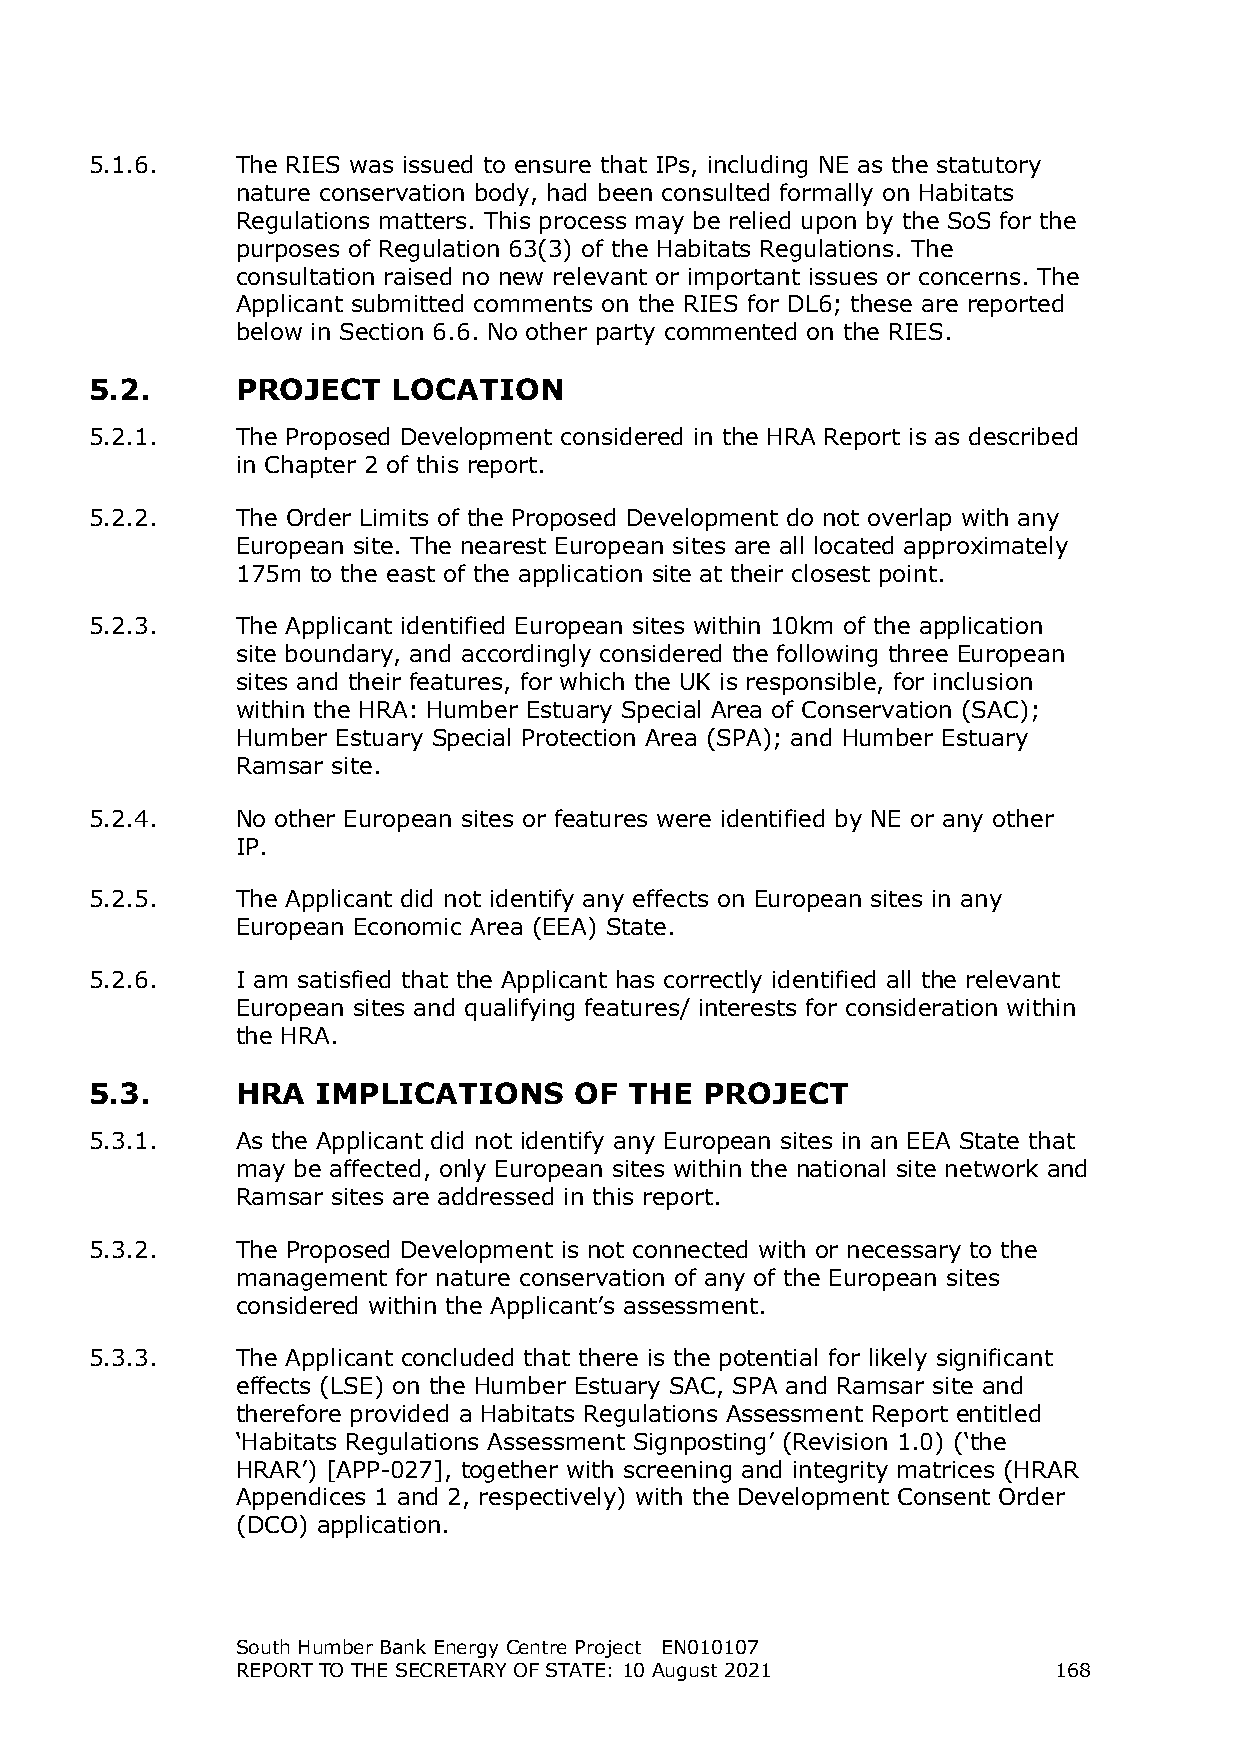
5.1.6.    The RIES was issued to ensure that IPs, including NE as the statutory
 nature conservation body, had been consulted formally on Habitats
 Regulations matters. This process may be relied upon by the SoS for the
 purposes of Regulation 63(3) of the Habitats Regulations. The
 consultation raised no new relevant or important issues or concerns. The
 Applicant submitted comments on the RIES for DL6; these are reported
 below in Section 6.6. No other party commented on the RIES.
 5.2.      PROJECT   LOCATION
 5.2.1.    The Proposed Development considered in the HRA Report is as described
 in Chapter 2 of this report.
 5.2.2.    The Order Limits of the Proposed Development do not overlap with any
 European site. The nearest European sites are all located approximately
 175m to the east of the application site at their closest point.
 5.2.3.    The Applicant identified European sites within 10km of the application
 site boundary, and accordingly considered the following three European
 sites and their features, for which the UK is responsible, for inclusion
 within the HRA: Humber Estuary Special Area of Conservation (SAC);
 Humber Estuary Special Protection Area (SPA); and Humber Estuary
 Ramsar site.
 5.2.4.    No other European sites or features were identified by NE or any other
 IP.
 5.2.5.    The Applicant did not identify any effects on European sites in any
 European Economic Area (EEA) State.
 5.2.6.    I am satisfied that the Applicant has correctly identified all the relevant
 European sites and qualifying features/ interests for consideration within
 the HRA.
 5.3.      HRA  IMPLICATIONS     OF  THE  PROJECT
 5.3.1.    As the Applicant did not identify any European sites in an EEA State that
 may be affected, only European sites within the national site network and
 Ramsar sites are addressed in this report.
 5.3.2.    The Proposed Development is not connected with or necessary to the
 management for nature conservation of any of the European sites
 considered within the Applicant’s assessment.
 5.3.3.    The Applicant concluded that there is the potential for likely significant
 effects (LSE) on the Humber Estuary SAC, SPA and Ramsar site and
 therefore provided a Habitats Regulations Assessment Report entitled
 ‘Habitats Regulations Assessment Signposting’ (Revision 1.0) (‘the
 HRAR’) [APP-027], together with screening and integrity matrices (HRAR
 Appendices 1 and 2, respectively) with the Development Consent Order
 (DCO) application.
 South Humber Bank Energy Centre Project EN010107
 REPORT TO THE SECRETARY OF STATE: 10 August 2021      168